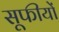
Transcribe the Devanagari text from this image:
सूफीयों